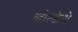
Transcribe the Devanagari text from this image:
व्होल्केनो